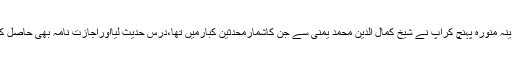
مدینہ منورہ پہنچ کرآپ نے شیخ کمال الدین محمد یمنی سے جن کاشمارمحدثین کبارمیں تھا،درس حدیث لیااوراجازت نامہ بھی حاصل کیا۔